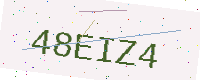
Text: 48EIZ4